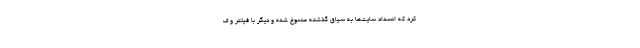
کرد که انسداد سایت‌ها به سیاق گذشته منسوخ شده و دیگر با فیلتر و ف